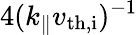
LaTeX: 4(k_{\parallel}v_{\mathrm{th,i}})^{-1}